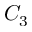
C _ { 3 }